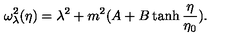
\omega _ { \lambda } ^ { 2 } ( \eta ) = \lambda ^ { 2 } + m ^ { 2 } ( A + B \tanh \frac { \eta } { \eta _ { 0 } } ) .